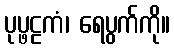
ပုပ္ဖဠကံ၊ ရေပွက်ကို။